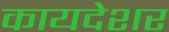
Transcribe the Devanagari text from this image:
कायदेशर